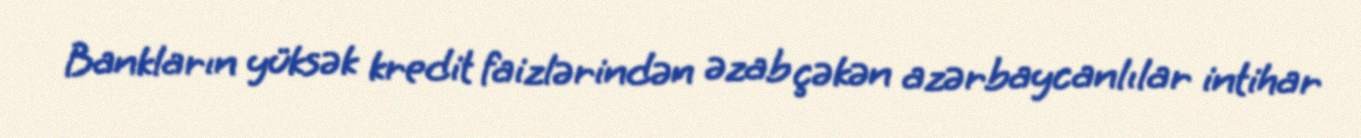
Bankların yüksək kredit faizlərindən əzab çəkən azərbaycanlılar intihar